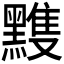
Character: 𪒊